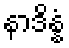
နာဒိန္နံ